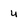
Character: u